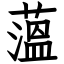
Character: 薀